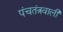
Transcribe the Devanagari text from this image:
पंचतंत्रवाली